Source: Handwritten
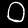
Digit: ၀ (0)